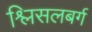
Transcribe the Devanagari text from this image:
श्लिसलबर्ग